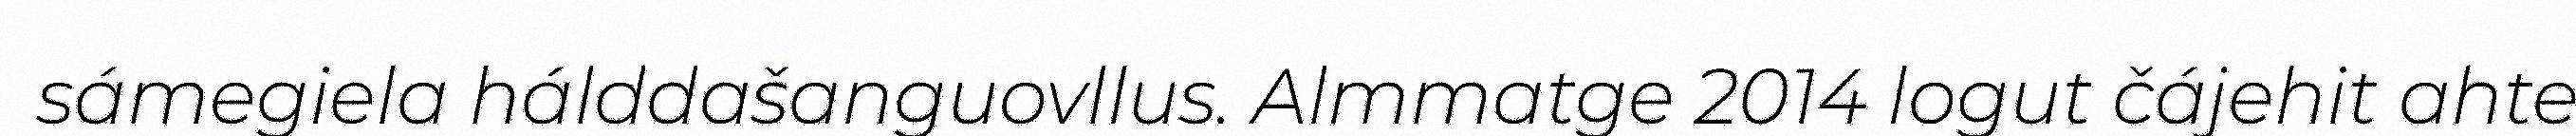
sámegiela hálddašanguovllus. Almmatge 2014 logut čájehit ahte